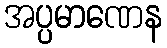
အပ္ပမာဏေန